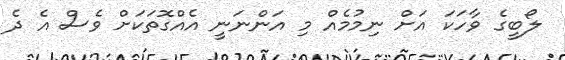
ލޯބީގެ ވާހަކަ އަށް ނިމުމެއް މި އަންނަނީ އެއްގޮތަކަށް ވެސް އެ ދެ